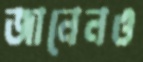
জানেনও